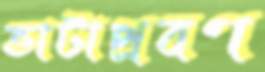
ভাটাপ্রবণ